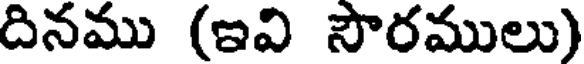
దినము (ఇవి సౌరములు)